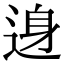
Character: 𨓉